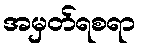
အမှတ်ရစရာ